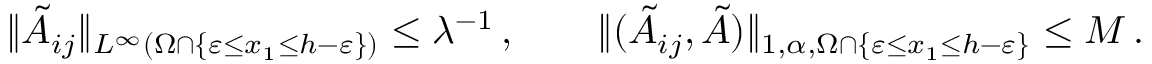
\| \tilde { A } _ { i j } \| _ { L ^ { \infty } ( \Omega \cap \{ \varepsilon \leq x _ { 1 } \leq h - \varepsilon \} ) } \leq \lambda ^ { - 1 } \, , \qquad \| ( \tilde { A } _ { i j } , \tilde { A } ) \| _ { 1 , \alpha , \Omega \cap \{ \varepsilon \leq x _ { 1 } \leq h - \varepsilon \} } \leq M \, .